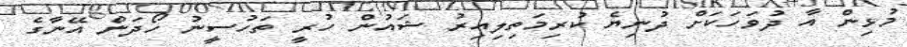
މުޅިން އާ ދުވަހަކަށް ދުނިޔެ ކުރިމަތިލިއިރު ޝައުން ހުރީ ތަހުސީނު ހޯދަން އޭނާގެ